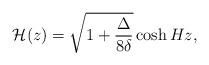
LaTeX: \begin{align*}{\cal H}(z)= \sqrt{1+\frac{\Delta}{8 \delta}} \cosh{H z},\end{align*}